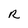
Character: R